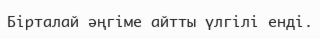
Бірталай әңгіме айтты үлгілі енді.